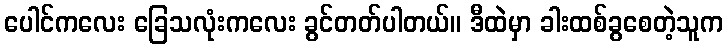
ပေါင်ကလေး ခြေသလုံးကလေး ခွင်တတ်ပါတယ်။ ဒီထဲမှာ ခါးထစ်ခွစေတဲ့သူက